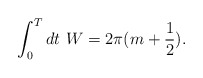
\begin{align*}\int_0^{T} dt \,\,W = 2\pi (m + \frac{1}{2}). \end{align*}